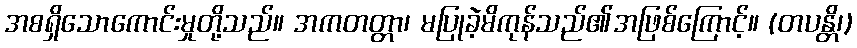
အစရှိသောကောင်းမှုတို့သည်။ အကတတ္တာ၊ မပြုခဲ့မိကုန်သည်၏အဖြစ်ကြောင့်။ (တပန္တိ၊)